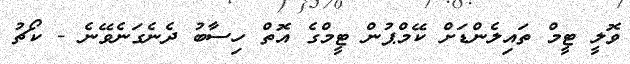
ވޮލީ ޓީމް ތައިލެންޑަށް ކޭމްޕުން ޓީމްގެ އޮތް ހިސާބު ދެނެގަނެވޭނެ - ކޯޗު